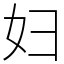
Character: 妇